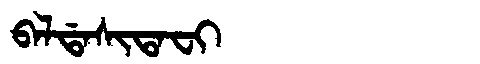
Manchu: ᠪᠠᠯᡩᠠᠰᡳᡨᠠᠸᡳ
Romanization: BALDASITAFI